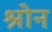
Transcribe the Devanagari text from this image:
श्रोन